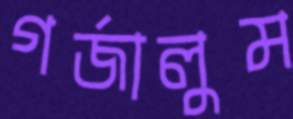
গর্জালুম